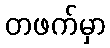
တဖက်မှာ